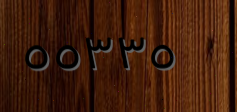
٥٥٣٣٥